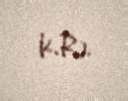
K.R.).